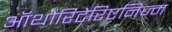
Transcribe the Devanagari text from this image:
ऑथोरिटेरिएनिज्म